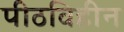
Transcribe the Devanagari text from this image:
पीठविहीन